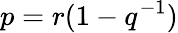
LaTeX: p=r(1-q^{-1})